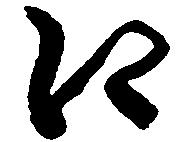
江